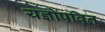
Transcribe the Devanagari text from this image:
यज्ञोपवित